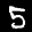
Label: 5